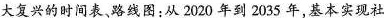
大复兴的时间表、路线图：从2020年到2035年，基本实现社